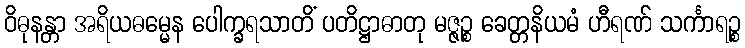
ဝိဓုနန္တာ အရိယဓမ္မေန ပေါက္ခရသာတိံ ပတိဋ္ဌာဓာတု မဇ္ဇဉ္စ ခေတ္တနိယမံ ဟီရဏ် သင်္ကာရဉ္စ